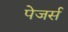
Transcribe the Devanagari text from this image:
पेजर्स